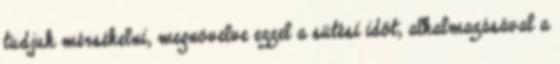
tudjuk mérsékelni, megnövelve ezzel a sütési időt, alkalmazásával a